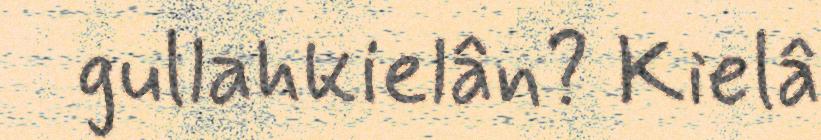
gullahkielân? Kielâ